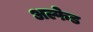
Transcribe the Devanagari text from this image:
अल्फेड